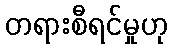
တရားစီရင်မှုဟု